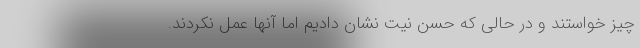
چیز خواستند و در حالی که حسن نیت نشان دادیم اما آنها عمل نکردند.